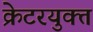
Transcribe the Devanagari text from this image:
क्रेटरयुक्त